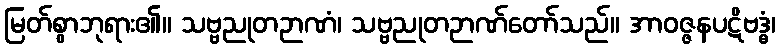
မြတ်စွာဘုရား၏။ သဗ္ဗညုတဉာဏံ၊ သဗ္ဗညုတဉာဏ်တော်သည်။ အာဝဇ္ဇနပဋိဗဒ္ဓံ၊